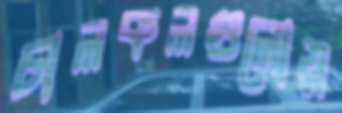
চালকলগুলোয়